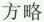
方略